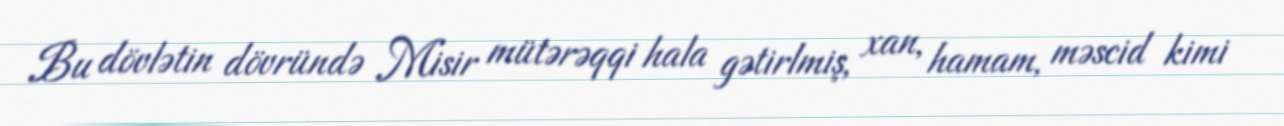
Bu dövlətin dövründə Misir mütərəqqi hala gətirlmiş, xan, hamam, məscid kimi